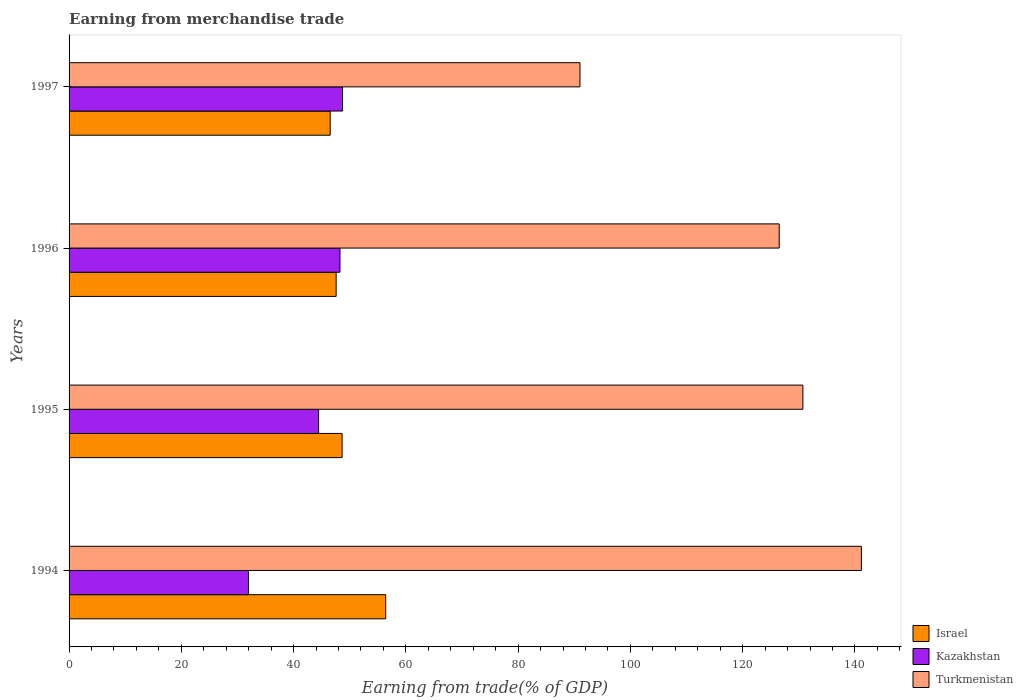
| Years | Israel | Kazakhstan | Turkmenistan |
 | --- | --- | --- | --- |
 | 1994 | 56.4 | 32 | 141 |
 | 1995 | 48.6 | 44.5 | 131 |
 | 1996 | 47.6 | 48.3 | 127 |
 | 1997 | 46.5 | 48.7 | 91 |